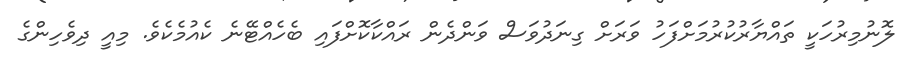
ލޮނުމިރުހަކީ ތައްޔާރުކުރުމަށްފަހު ވަރަށް ގިނަދުވަސް ވަންދެން ރައްކާކޮށްފައި ބެހެއްޓޭނެ ކެއުމެކެވެ. މިއީ ދިވެހިންގެ